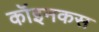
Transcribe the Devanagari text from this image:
कॉइनकस